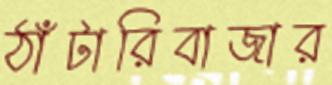
ঠাঁটারিবাজার